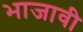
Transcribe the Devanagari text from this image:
भाजावी